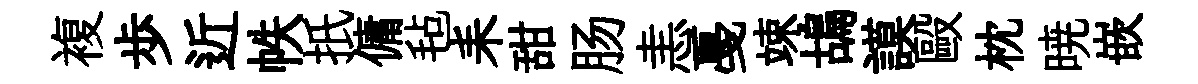
複歩近帙扺傭毡耒甜肠恚戞竦鴣謨毆枕暁嵌